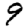
Digit: 9